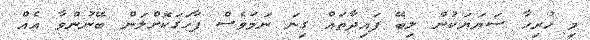
މި ހުރިހާ ސަޔަަޔަކުން ލިބޭ ފައިދާތައް ގިނަ ނަމަވެސް ފާހަގަކޮށްލަން ބޭނުންވާ އެއް